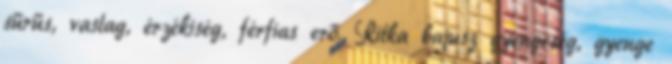
sűrűs, vastag, érzékiség, férfias erő. Ritka bajusz gyengeség, gyenge